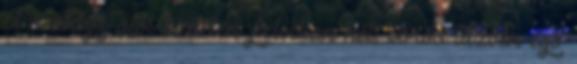
A csuklya alól hirtelen felvillan két, vörös tűzben égő